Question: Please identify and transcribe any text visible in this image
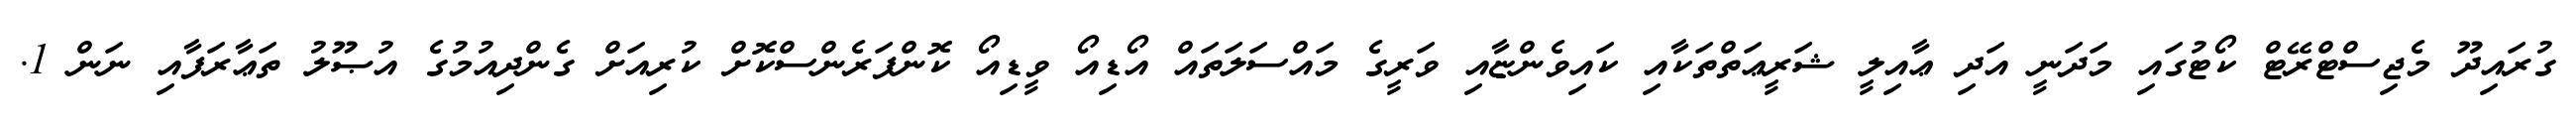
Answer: ގުރައިދޫ މެޖިސްޓްރޭޓް ކޯޓުގައި މަދަނީ އަދި ޢާއިލީ ޝަރީޢަތްތަކާއި ކައިވެންޏާއި ވަރީގެ މައްސަލަތައް އޯޑިއޯ ވީޑިއޯ ކޮންފަރެންސްކޮށް ކުރިއަށް ގެންދިއުމުގެ އުޞޫލު ތަޢާރަފާއި ނަން 1.